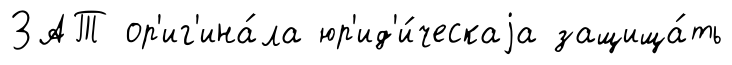
ЗАТ ор'иг'ина́ла юр'ид'и́ческаjа защища́ть